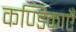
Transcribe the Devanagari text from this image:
कण्डिकाएँ